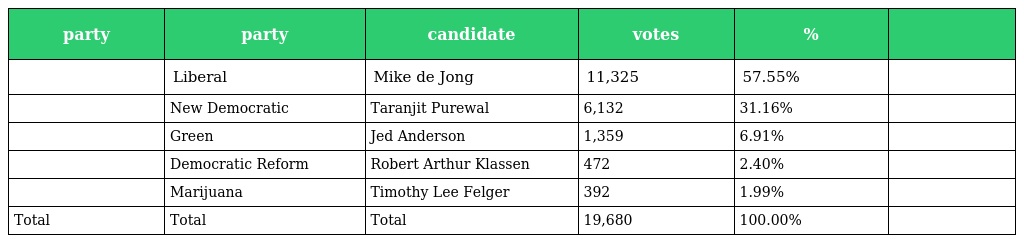
| party | party | candidate | votes | % |  |
 | --- | --- | --- | --- | --- | --- |
 |  | Liberal | Mike de Jong | 11,325 | 57.55% |  |
 |  | New Democratic | Taranjit Purewal | 6,132 | 31.16% |  |
 |  | Green | Jed Anderson | 1,359 | 6.91% |  |
 |  | Democratic Reform | Robert Arthur Klassen | 472 | 2.40% |  |
 |  | Marijuana | Timothy Lee Felger | 392 | 1.99% |  |
 | Total | Total | Total | 19,680 | 100.00% |  |